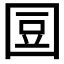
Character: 𡇧